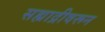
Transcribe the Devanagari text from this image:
सह्याद्रीवरून